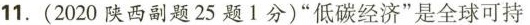
11.(2020陕西副题25题1分)”低碳经济”是全球可持